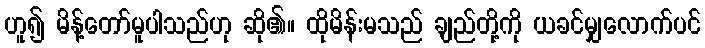
ဟူ၍ မိန့်တော်မူပါသည်ဟု ဆို၏။ ထိုမိန်းမသည် ချည်တို့ကို ယခင်မျှလောက်ပင်